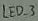
Text: LED_3